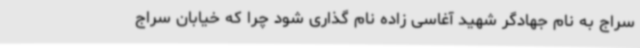
سراج به نام جهادگر شهید آغاسی زاده نام گذاری شود چرا که خیابان سراج